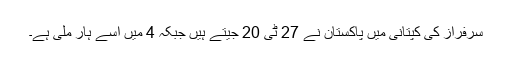
سرفراز کی کپتانی میں پاکستان نے 27 ٹی 20 جیتے ہیں جبکہ 4 میں اسے ہار ملی ہے۔